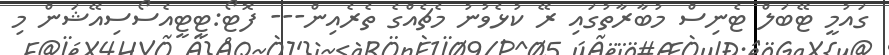
ގައުމީ ޓޭބަލް ޓެނިސް މުބާރާތުގައި ރޭ ކުޅެވުނު މެޗެއްގެ ތެެރެއިން--- ފޮޓޯ:ޓީޓީއެސޯސިއޭޝަން މި